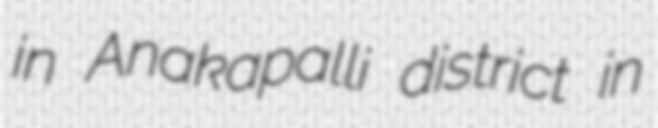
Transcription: in Anakapalli district in